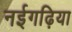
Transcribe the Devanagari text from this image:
नईगढ़िया